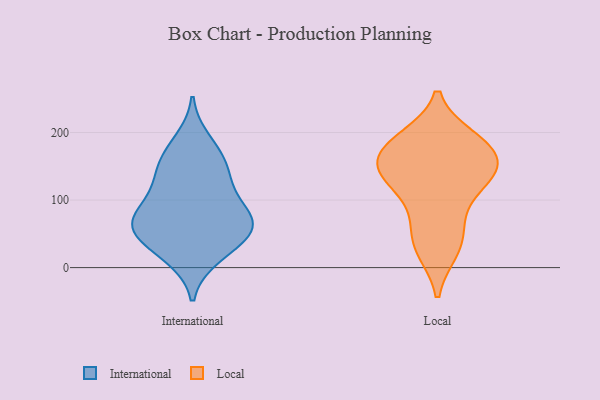
{"axis": {"x": "Revenue (USD Million)", "y": "Value"}, "legend": ["International", "Local"], "data": [{"x": "", "y": 62, "type": "International"}, {"x": "", "y": 156, "type": "International"}, {"x": "", "y": 48, "type": "International"}, {"x": "", "y": 137, "type": "International"}, {"x": "", "y": 22, "type": "International"}, {"x": "", "y": 16, "type": "International"}, {"x": "", "y": 76, "type": "International"}, {"x": "", "y": 123, "type": "International"}, {"x": "", "y": 63, "type": "International"}, {"x": "", "y": 52, "type": "International"}, {"x": "", "y": 162, "type": "International"}, {"x": "", "y": 188, "type": "International"}, {"x": "", "y": 63, "type": "International"}, {"x": "", "y": 104, "type": "International"}, {"x": "", "y": 82, "type": "International"}, {"x": "", "y": 143, "type": "Local"}, {"x": "", "y": 132, "type": "Local"}, {"x": "", "y": 52, "type": "Local"}, {"x": "", "y": 76, "type": "Local"}, {"x": "", "y": 135, "type": "Local"}, {"x": "", "y": 109, "type": "Local"}, {"x": "", "y": 182, "type": "Local"}, {"x": "", "y": 160, "type": "Local"}, {"x": "", "y": 28, "type": "Local"}, {"x": "", "y": 183, "type": "Local"}, {"x": "", "y": 187, "type": "Local"}, {"x": "", "y": 26, "type": "Local"}, {"x": "", "y": 148, "type": "Local"}, {"x": "", "y": 191, "type": "Local"}, {"x": "", "y": 148, "type": "Local"}]}